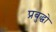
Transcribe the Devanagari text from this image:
प्रबुद्धो